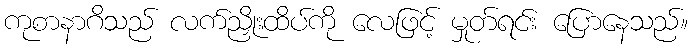
ကုစာနာဂိသည် လက်ညှိုးထိပ်ကို လေဖြင့် မှုတ်ရင်း ပြောနေသည်။